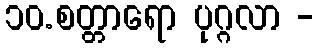
၁၀.စတ္တာရော ပုဂ္ဂလာ -